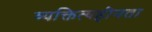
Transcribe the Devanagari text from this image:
व्यक्तित्वहीनता